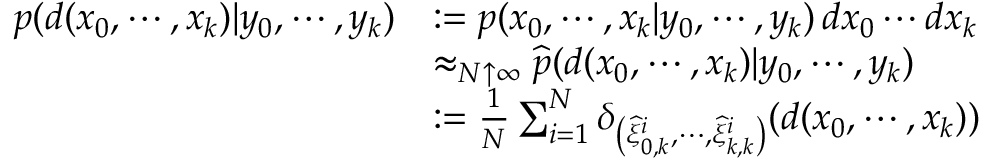
{ \begin{array} { r l } { p ( d ( x _ { 0 } , \cdots , x _ { k } ) | y _ { 0 } , \cdots , y _ { k } ) } & { : = p ( x _ { 0 } , \cdots , x _ { k } | y _ { 0 } , \cdots , y _ { k } ) \, d x _ { 0 } \cdots d x _ { k } } \\ & { \approx _ { N \uparrow \infty } { \widehat { p } } ( d ( x _ { 0 } , \cdots , x _ { k } ) | y _ { 0 } , \cdots , y _ { k } ) } \\ & { : = { \frac { 1 } { N } } \sum _ { i = 1 } ^ { N } \delta _ { \left( { \widehat { \xi } } _ { 0 , k } ^ { i } , \cdots , { \widehat { \xi } } _ { k , k } ^ { i } \right) } ( d ( x _ { 0 } , \cdots , x _ { k } ) ) } \end{array} }